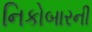
નિકોબારની